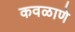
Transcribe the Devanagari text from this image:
कवळाणे